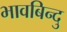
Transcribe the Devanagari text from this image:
भावबिन्दु